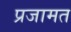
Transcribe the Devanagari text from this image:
प्रजामत